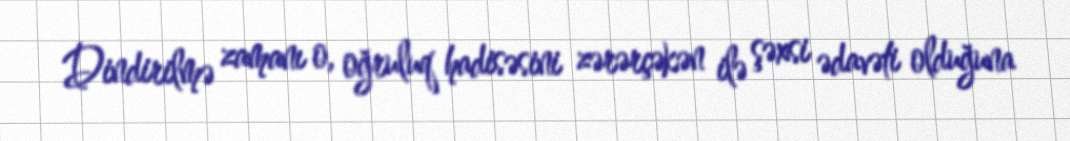
Dindirilmə zamanı o, oğruluq hadisəsini zərərçəkən ilə şəxsi ədavəti olduğuna